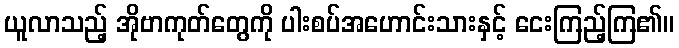
ယူလာသည့် အိုဗာကုတ်တွေကို ပါးစပ်အဟောင်းသားနှင့် ငေးကြည့်ကြ၏။